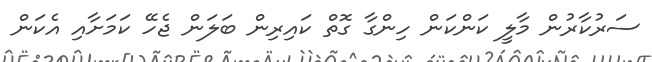
ސަރުކާރުން މާލީ ކަންކަން ހިންގާ ގޮތް ކައިރިން ބަލަން ޖެހޭ ކަމަށާއި އެކަން